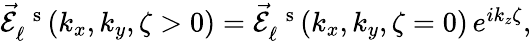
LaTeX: \begin{array}{r}{\vec{\mathcal{E}}_{\ell}^{\mathrm{~\, ~s~}}(k_{x},k_{y},\zeta>0)=\vec{\mathcal{E}}_{\ell}^{\mathrm{~\, ~s~}}(k_{x},k_{y},\zeta=0)\, e^{ik_{z}\zeta},}\end{array}